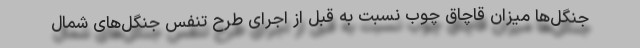
جنگل‌ها میزان قاچاق چوب نسبت به قبل از اجرای طرح تنفس جنگل‌های شمال